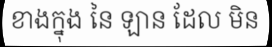
ខាងក្នុង នៃ ឡាន ដែល មិន